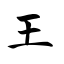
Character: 王